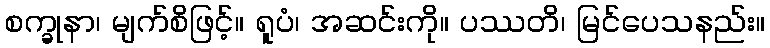
စက္ခုနာ၊ မျက်စိဖြင့်။ ရူပံ၊ အဆင်းကို။ ပဿတိ၊ မြင်ပေသနည်း။